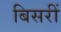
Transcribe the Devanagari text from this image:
बिसरीं